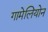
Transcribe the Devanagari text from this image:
गामेलियोन